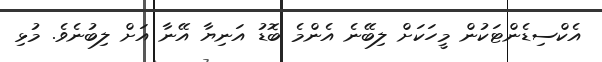
އެކްސިޑެންޓަކުން މީހަކަށް ލިބޭނެ އެންމެ ބޮޑު އަނިޔާ އޭނާ އަށް ލިބުނެވެ. މުޅި